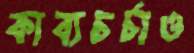
কাব্যচর্চাও